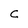
Character: C